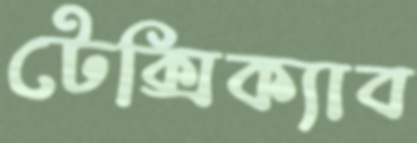
টেক্সিক্যাব